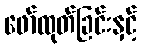
ဖော်ထုတ်ခြင်းနှင့်